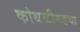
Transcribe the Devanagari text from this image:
कोथळीगडचा